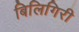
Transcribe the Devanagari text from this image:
बिलिगिरी